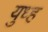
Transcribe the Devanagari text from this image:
युध्ह